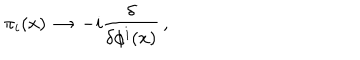
LaTeX: \pi _ { i } ( x ) \, \to \, - i { \frac { \delta } { \delta \phi ^ { i } ( x ) } } \, ,